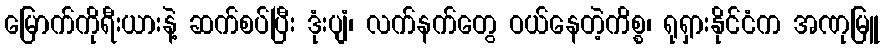
မြောက်ကိုရီးယားနဲ့ ဆက်စပ်ပြီး ဒုံးပျံ၊ လက်နက်တွေ ဝယ်နေတဲ့ကိစ္စ၊ ရုရှားနိုင်ငံက အဏုမြူ